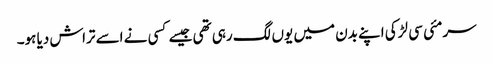
سرمئی سی لڑکی اپنے بدن میں یوں لگ رہی تھی جیسے کسی نے اسے تراش دیا ہو۔